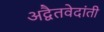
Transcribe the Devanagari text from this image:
अद्वैतवेदांती